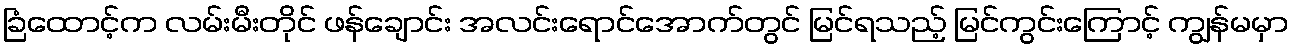
ခြံထောင့်က လမ်းမီးတိုင် ဖန်ချောင်း အလင်းရောင်အောက်တွင် မြင်ရသည့် မြင်ကွင်းကြောင့် ကျွန်မမှာ